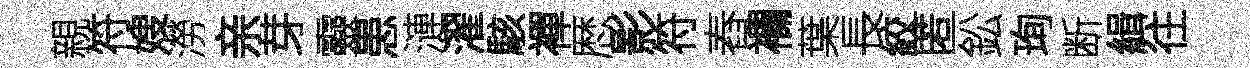
親符嫂澇亲芽靈患漣濯駭襌厯影符舂襴葉長絞匿鈆珣断緝往